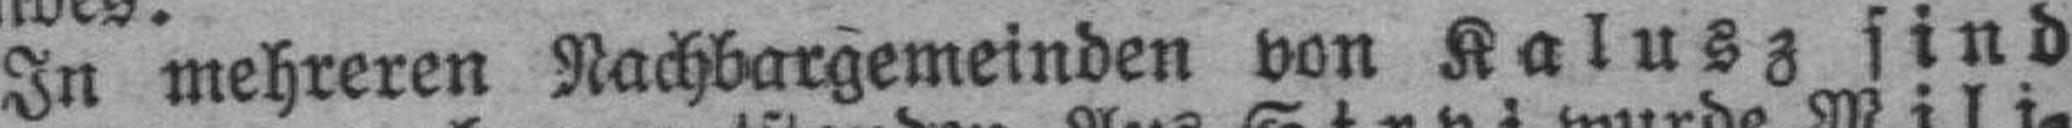
In mehreren Nachbargemeinden von Kalusz sind